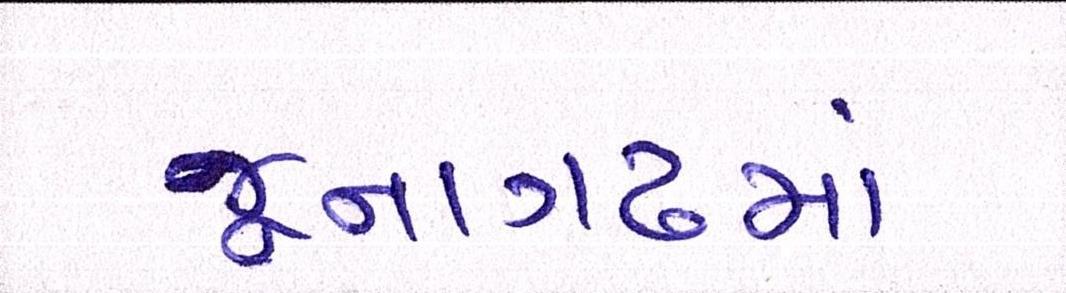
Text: જૂનાગઢમાં